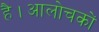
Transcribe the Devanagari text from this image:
है।आलोचकों